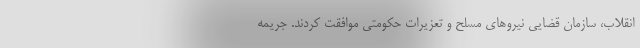
انقلاب، سازمان قضایی نیروهای مسلح و تعزیرات حکومتی موافقت کردند. جریمه